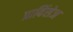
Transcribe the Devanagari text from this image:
प्राविंसेज